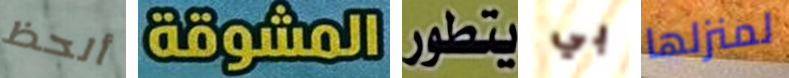
ألحظ المشوقة يتطور بي لمنزلها